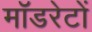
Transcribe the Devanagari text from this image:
मॉडरेटों